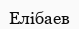
Елібаев